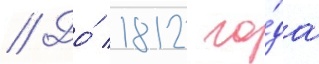
// До́ 1812 го́да